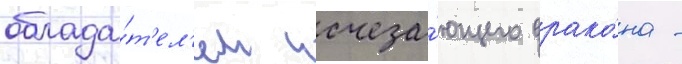
облада́т'ел'ем исчеза́ющего драко́на -